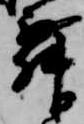
舞